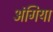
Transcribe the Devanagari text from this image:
अंगिया